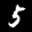
Label: 5